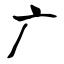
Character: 广